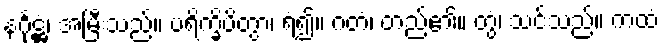
နင်္ဂုဋ္ဌံ၊ အမြီးသည်။ ပရိက္ခိပိတွာ၊ ရံ၍။ ဂတံ၊ တည်၏။ တွံ၊ သင်သည်။ ကထံ